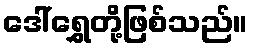
ဒေါ်ရွှေတို့ဖြစ်သည်။